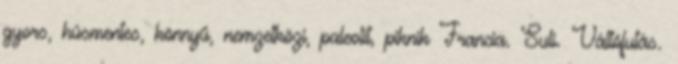
gyors, húsmentes, könnyű, nemzetközi, paleolit, piknik Francia. Suli. Váltófutás.